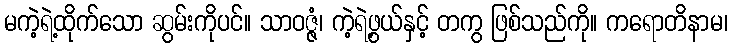
မကဲ့ရဲ့ထိုက်သော ဆွမ်းကိုပင်။ သာဝဇ္ဇံ၊ ကဲ့ရဲ့ဖွယ်နှင့် တကွ ဖြစ်သည်ကို။ ကရောတိနာမ၊